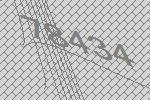
78434